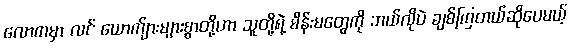
လောကမှာ လင် ယောက်ျားများစွာတို့ဟာ သူတို့ရဲ့ မိန်းမတွေကို ဘယ်လိုပဲ ချစ်ကြတယ်ဆိုပေမယ့်